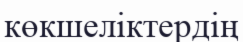
көкшеліктердің